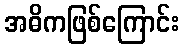
အဓိကဖြစ်ကြောင်း